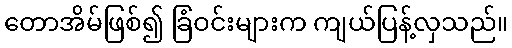
တောအိမ်ဖြစ်၍ ခြံဝင်းများက ကျယ်ပြန့်လှသည်။